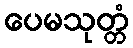
ပေမသုတ္တံ